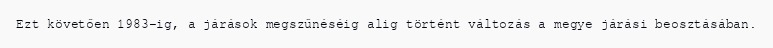
Ezt követően 1983-ig, a járások megszűnéséig alig történt változás a megye járási beosztásában.